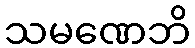
သမဏေဘိ